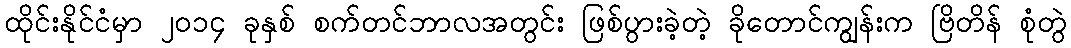
ထိုင်းနိုင်ငံမှာ ၂၀၁၄ ခုနှစ် စက်တင်ဘာလအတွင်း ဖြစ်ပွားခဲ့တဲ့ ခိုတောင်ကျွန်းက ဗြိတိန် စုံတွဲ